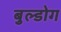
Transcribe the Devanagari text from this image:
बुल्डोग